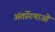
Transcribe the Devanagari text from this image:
अंतर्प्रेरणाओं